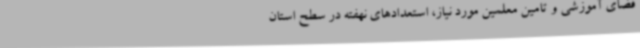
فضای آموزشی و تامین معلمین مورد نیاز، استعدادهای نهفته در سطح استان